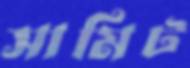
সামিট